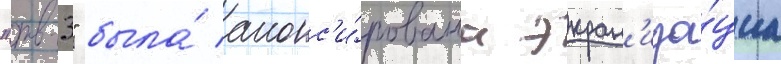
"тв-3" была́ анонс'и́рована экран'иза́циа